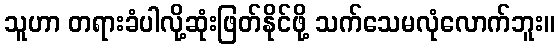
သူဟာ တရားခံပါလို့ဆုံးဖြတ်နိုင်ဖို့ သက်သေမလုံလောက်ဘူး။